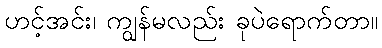
ဟင့်အင်း၊ ကျွန်မလည်း ခုပဲရောက်တာ။